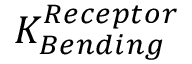
K _ { B e n d i n g } ^ { R e c e p t o r }